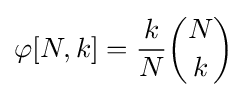
\varphi [N,k]={\frac {k}{N}}{\binom {N}{k}}